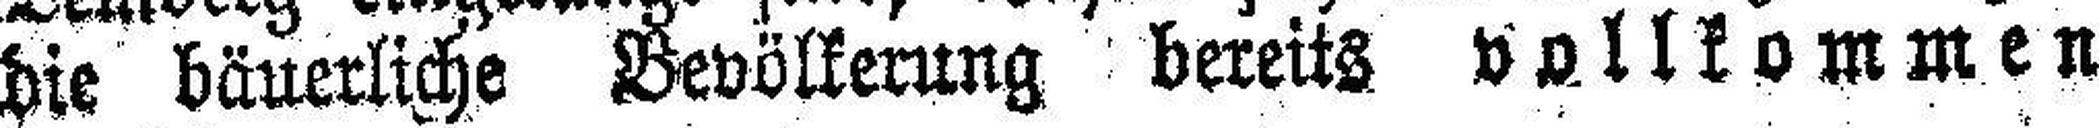
die bäuerliche Bevölkerung bereits vollkommen